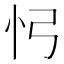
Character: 𢖸